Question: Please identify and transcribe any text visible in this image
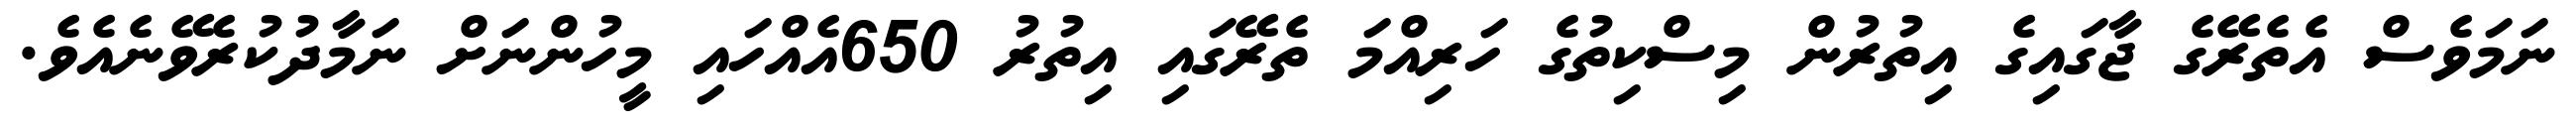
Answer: ނަމަވެސް އެތެރޭގެ ޖާގައިގެ އިތުރުން މިސްކިތުގެ ހަރިއްމަ ތެރޭގައި އިތުރު 650އެއްހައި މީހުންނަށް ނަމާދުކުރެވޭނެއެވެ.